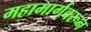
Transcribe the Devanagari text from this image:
महामार्गवरून